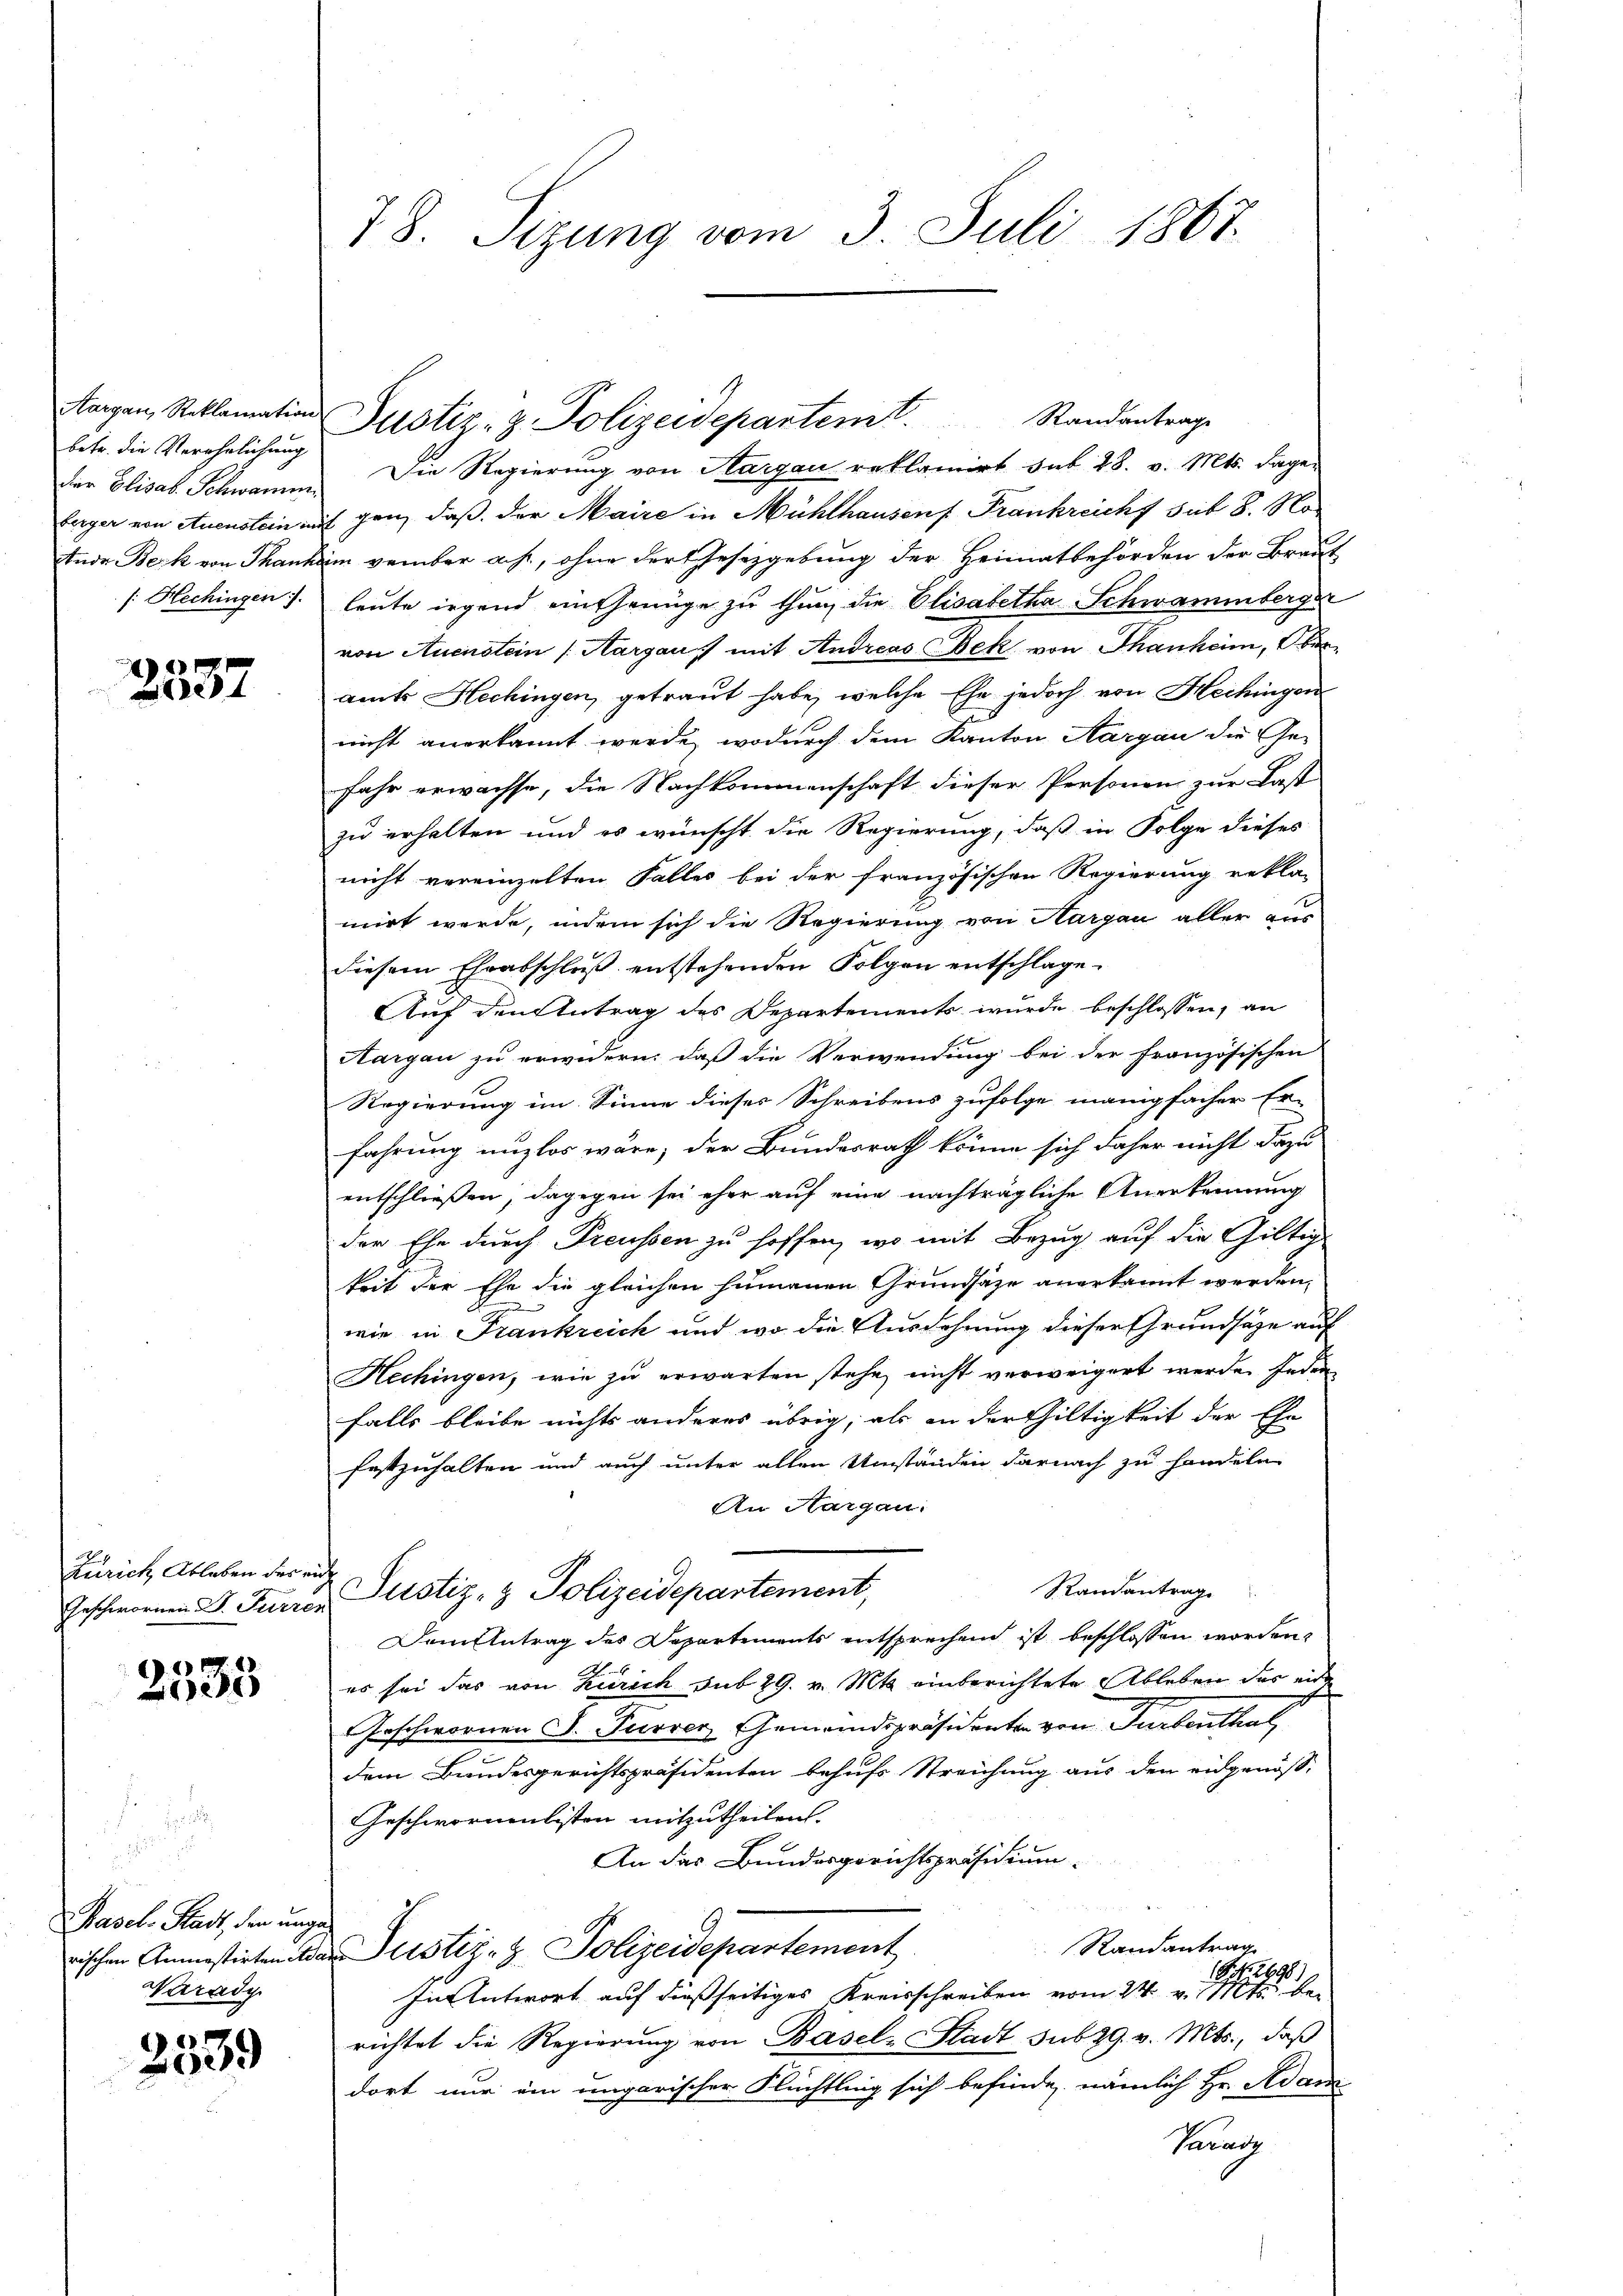
betr. die Verehelichung
dier Elisab. Schwamm
[: Hechingen.

2337

Zürich Ableben des er
Geschwornen Dr. Furren

2533

Pasch Stadt, den unge¬
Nurady

e
02

78. Sizung vom 3. Juli 1867.

Die Regierung von Aargau reklamirt sub 28. v. Mts. dageberger von Auenstein mit gen, daß der Maire in Mühlhausen Frankreicht sit 8. No
Ende Beck von Thankam vember ach, ohne der Gesetzgebung der Heimatbehörden der Braut
leute irgend eintheinige zu thun, die Elisabetha Schwammberger
von Auenstein Aargaus mit Andreas Bek von Thanheim, Oberamts Hechingen, getraut habe, welche Ehe jedoch von Hechingen
nicht anerkannt werde, wodurch dem Kanton Aargau die Ge-
fahr erwachse, die Nachkommenschaft dieser Personen zur Last
zu erhalten und es wünscht die Regierung, daß in Folge dieses
nicht vereinzelten Falles bei der französischen Regierung rekla-
mirt werde, indem sich die Regierung von Aargau aller aus
diesem Eheabschlŭβ entstehenden Folgen entschlage-
Auf den Antrag des Departements wurde beschlossen, an
Hargau zu erwidern, daß die Verwendung bei der französischen
Regierung im Sinne dieses Schreibens zufolge manigfacher Er-
fahrung unzlos wäre; der Bundesrath könne sich daher nicht dazu
entschließen, dagegen sei eher auf eine nachträgliche Anerkennung
der Ehe durch Preussen zu hoffen, wo mit Bezug auf die Giltig
keit der Ehe die gleichen humanen Grundsätze anerkannt werden,
wie in Frankreich und wo die Ausdehnung dieser Grundsätze auf
Hechingen, wie zu erwarten stehe, nicht verweigert werde jeden
falls bleibe nichts anderes übrig, als an der Gültigkeit der Ehe
festzuhalten und auch unter allen Umständen darnach zu handeln.
An Aargau.
t
Randantrage
Justiz- & Polizeidepartement,
Dem Antrag des Departements entsprechend ist beschlossen worden,
es sei das von Zürich sub 29. v. Mts. einberichtete Ableben das eide
Geschwornen J. Furrer Gemeindspräsidenten von Turbenthal
x
dem Bundesgerichtspräsidenten behufs Streichung aus den eidgenöß¬
Geschwornenlisten mitzutheilen.
An das Bundesgerichtspräsidium
Randantrag
rischen Anmastirten der Justiz- & Polizeidepartement
18. No. 2698)
In Antwort auf dießseitiges Kreisschreiben vom 24. v. Mts. be-
richtet die Regierung von Basel-Stadt sub 29. v. Mts., daß
dort nur ein ungarischer Flüchtling sich befinde, nämlich Hr. Adam
Paradz

Aargau, Reklamation Justiz- & Polizeidepartemt. Standantrage